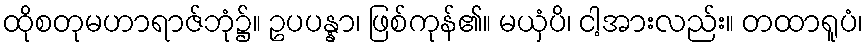
ထိုစတုမဟာရာဇ်ဘုံ၌။ ဥပပန္နာ၊ ဖြစ်ကုန်၏။ မယှံပိ၊ ငါ့အားလည်း။ တထာရူပံ၊